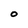
Character: o